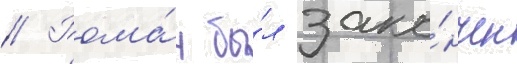
// Рома́н бы́л зако́нчен